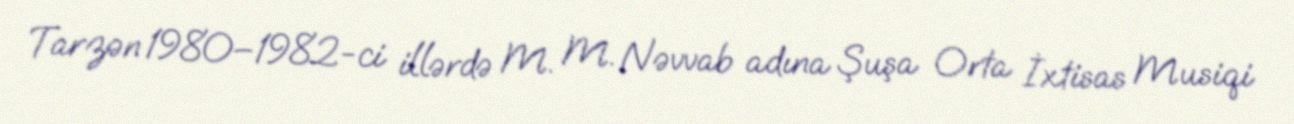
Tarzən 1980–1982-ci illərdə M. M. Nəvvab adına Şuşa Orta İxtisas Musiqi